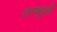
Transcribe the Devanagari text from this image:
तम्बूओं